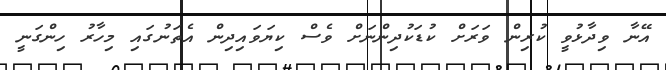
އޭނާ ވިދާޅުވީ ކުރިން ވަރަށް ކުޑަކުދިންނަށް ވެސް ކިޔަވައިދިން އެތަނުގައި މިހާރު ހިންގަނީ